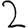
Digit: 2